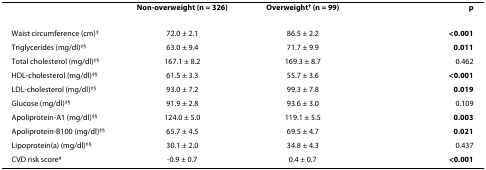
|  | Non-overweight (n = 326) | Overweight† (n = 99) | p |
 | --- | --- | --- | --- |
 | Waist circumference (cm)‡ | 72.0 ± 2.1 | 86.5 ± 2.2 | <0.001 |
 | Triglycerides (mg/dl)‡§ | 63.0 ± 9.4 | 71.7 ± 9.9 | 0.011 |
 | Total cholesterol (mg/dl)‡§ | 167.1 ± 8.2 | 169.3 ± 8.7 | 0.462 |
 | HDL-cholesterol (mg/dl)‡§ | 61.5 ± 3.3 | 55.7 ± 3.6 | <0.001 |
 | LDL-cholesterol (mg/dl)‡§ | 93.0 ± 7.2 | 99.3 ± 7.8 | 0.019 |
 | Glucose (mg/dl)‡§ | 91.9 ± 2.8 | 93.6 ± 3.0 | 0.109 |
 | Apoliprotein-A1 (mg/dl)‡§ | 124.0 ± 5.0 | 119.1 ± 5.5 | 0.003 |
 | Apoliprotein-B100 (mg/dl)‡§ | 65.7 ± 4.5 | 69.5 ± 4.7 | 0.021 |
 | Lipoprotein(a) (mg/dl)‡§ | 30.1 ± 2.0 | 34.8 ± 4.3 | 0.437 |
 | CVD risk score# | -0.9 ± 0.7 | 0.4 ± 0.7 | <0.001 |